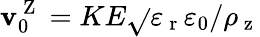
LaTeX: \mathbf{v}_{0}^{\mathrm{{~Z~}}}=KE\sqrt{}{{\varepsilon_{\mathrm{{~r~}}}\varepsilon_{0}/\rho_{\mathrm{{~z~}}}}}